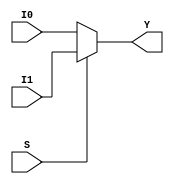
// MULTIPLEXER 2x1 12 Bits
module mux_2x1_12bits(output reg [11:0] Y, input S, input [11:0] I1, I0);
	always @ (S, I1, I0)
		if(S) Y = I1;
		else Y = I0;
endmodule